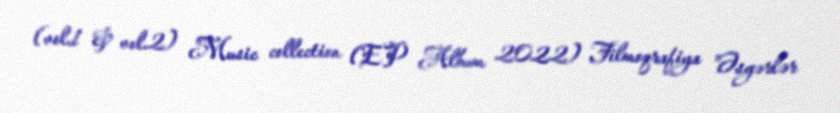
(vol.1 & vol.2) Music collection (EP Album 2022) Filmoqrafiya "Əsgərlər